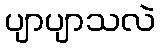
ပျာပျာသလဲ